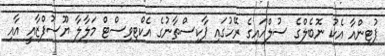
ޕުޓިންއާ އެކު ނޮބެލްގެ ސުލްހައިގެ ރޭހުގައި ޕާކިސްތާނުގެ އެކްޓިވިސްޓް މަލާލާ ޔޫސުފްޒާއީ އާއި